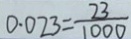
0 . 0 2 3 = \frac { 2 3 } { 1 0 0 0 }